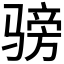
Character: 𬴅